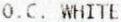
O.C. WHITE